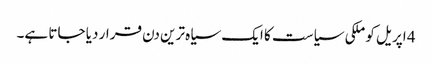
4 اپریل کو ملکی سیاست کا ایک سیاہ ترین دن قرار دیا جاتا ہے۔